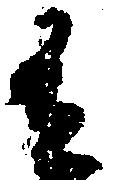
有